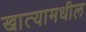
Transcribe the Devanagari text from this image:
खात्यामधील